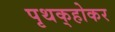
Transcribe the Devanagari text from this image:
पृथक्‌होकर